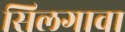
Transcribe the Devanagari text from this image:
सिलगावा